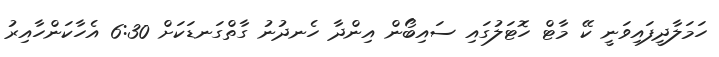
ހަމަލާދީފައިވަނީ ކޭ މާޓް ހޮޓަލުގައި ސައިބޯން އިންދާ ހެނދުނު ގާތްގަނޑަކަށް 6:30 އެހާކަންހާއިރު